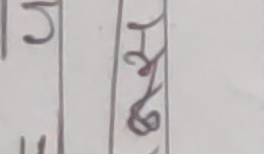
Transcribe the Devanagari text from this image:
हिन्दी